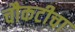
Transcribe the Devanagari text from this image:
चौकटीचा